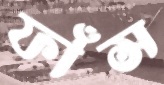
ফাঁস